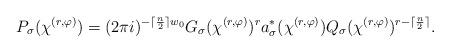
LaTeX: \begin{align*} P_{\sigma}(\chi^{(r,\varphi)})=(2\pi i)^{-\lceil\frac{n}{2}\rceil w_{0}}G_{\sigma}(\chi^{(r,\varphi)})^{r}a_{\sigma}^{*}(\chi^{(r,\varphi)})Q_{\sigma}(\chi^{(r,\varphi)})^{r-\lceil\frac{n}{2}\rceil}.\end{align*}